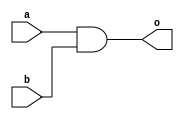
module has_ports (output reg o, input wire a, input wire b);
   always @* o <= a & b;
endmodule